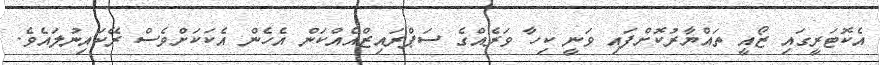
އެކޮޓަރީގައި ޒޯއީ ތައްޔާރުކޮށްފައި ވަނީ ކިހާ ވަރެއްގެ ސަޕްރައިޒްއެއްކަން އެހެން އެކަކަށްވެސް ރޭކައިނުލައެވެ.